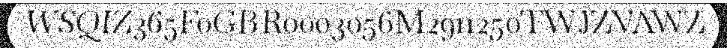
WSQIZ365F0GBR0003056M2911250TWJZVAWZ